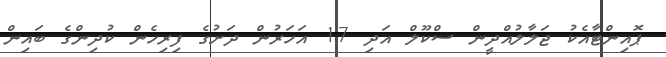
ޕޮއިންޓާއެކު ޖަލާލުއްދީން ސްކޫލް އަދި 17 އަހަރުން ދަށުގެ ފިރިހެން ކުދިންގެ ބައިން